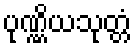
ပုဏ္ဏိယသုတ္တံ